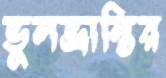
ভুলভ্রান্তির